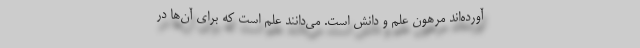
آورده‌اند مرهون علم و دانش است. می‌دانند علم است که برای آن‌ها در